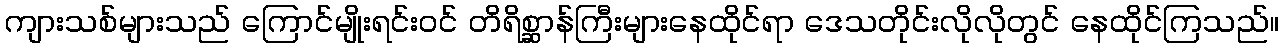
ကျားသစ်များသည် ကြောင်မျိုးရင်းဝင် တိရိစ္ဆာန်ကြီးများနေထိုင်ရာ ဒေသတိုင်းလိုလိုတွင် နေထိုင်ကြသည်။